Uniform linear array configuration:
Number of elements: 64
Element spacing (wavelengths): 0.5
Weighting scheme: hann
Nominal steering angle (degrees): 0
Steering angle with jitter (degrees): -1.857
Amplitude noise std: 0.05
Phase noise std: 0.05

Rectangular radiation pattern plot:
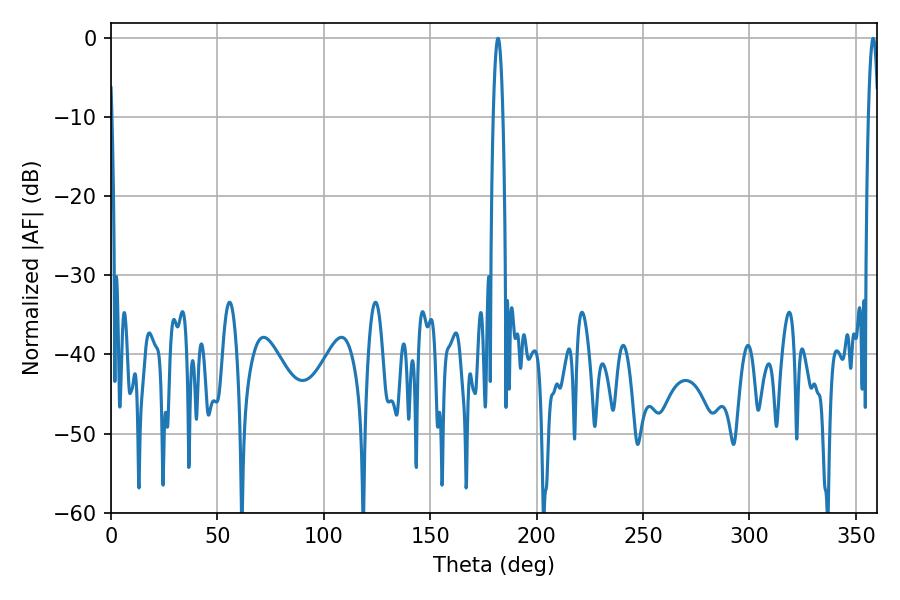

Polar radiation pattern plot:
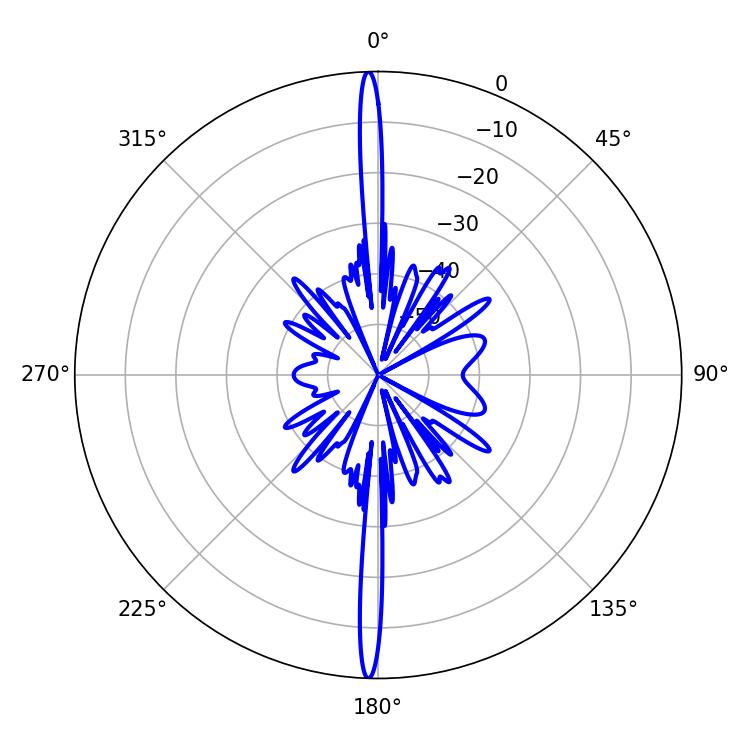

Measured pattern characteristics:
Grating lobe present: FALSE
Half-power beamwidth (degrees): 2.34
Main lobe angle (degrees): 181.8